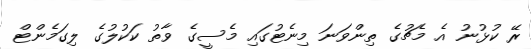
ރޭ ކުޅުނު އެ މެޗުގެ ތިންވަނަ މިނެޓުގައި މެސީގެ ވާތު ކަކުލުގެ ލިގަމެންޓް